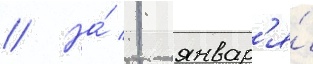
// На́ 1 январ'я́